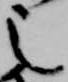
之